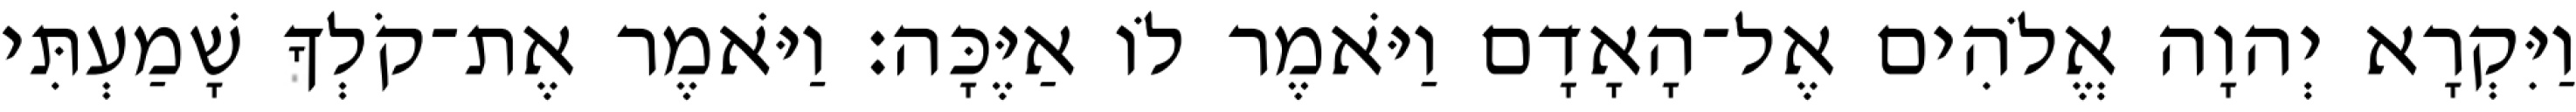
וַיִּקְרָא יְהוָה אֱלֹהִים אֶל־הָאָדָם וַיֹּאמֶר לֹו אַיֶּכָּה׃ וַיֹּאמֶר אֶת־קֹלְךָ שָׁמַעְתִּי